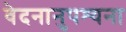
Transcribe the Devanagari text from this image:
वेदनानुपश्यना